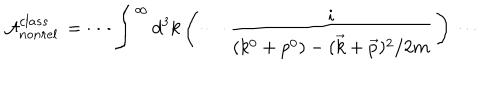
{ \cal { A } } _ { n o n r e l } ^ { c l a s s } \, = \, \cdots \int ^ { \infty } d ^ { 3 } k \left( \, \cdots \, \frac { i } { ( k ^ { 0 } + p ^ { 0 } ) - ( \vec { k } + \vec { p } ) ^ { 2 } / 2 m } \, \right) \, \cdots